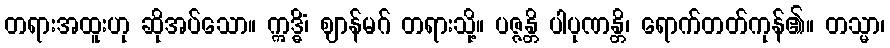
တရားအထူးဟု ဆိုအပ်သော။ ဣဒ္ဓိံ၊ ဈာန်မဂ် တရားသို့။ ပဇ္ဇန္တိ ပါပုဏန္တိ၊ ရောက်တတ်ကုန်၏။ တသ္မာ၊